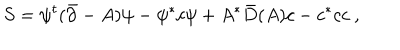
S = \psi ^ { t } ( \bar { \partial } - A ) \psi - \psi ^ { * } c \psi + A ^ { * } \bar { D } ( A ) c - c ^ { * } c c \ ,